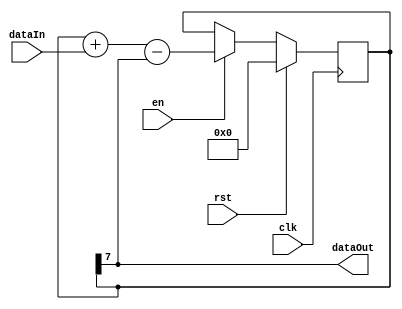
module BitLpf #(
    parameter FILT_BITS = 8
)
(
    input  clk,    // System clock
    input  rst,    // Reset, active high and synchronous
    input  en,     // Filter enable
    input  dataIn, // Filter input
    output dataOut // Filter output
);

reg signed [FILT_BITS-1:0] filter;

assign dataOut = filter[FILT_BITS-1];

always @(posedge clk) begin
    if (rst) begin
        filter <= 'd0;
    end
    else if (en) begin
        filter <= filter + dataIn - dataOut;
    end
end

endmodule